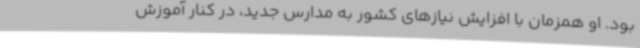
بود. او همزمان با افزایش نیازهای کشور به مدارس جدید، در کنار آموزش